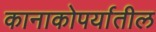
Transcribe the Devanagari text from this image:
कानाकोपर्यातील